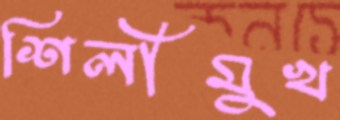
শিলীমুখ